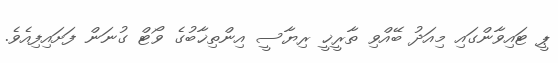
ޕީ ޓައިވާންގައި މިއަދު ބޭއްވި ތާރީޚީ ރިޔާސީ އިންތިޚާބުގެ ވޯޓް ގުނަން ފަށައިފިއެވެ.